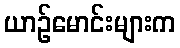
ယာဉ်မောင်းများက